Lunatic asylums Punjab 1895-1910 - 1895-1910
Year: 1895
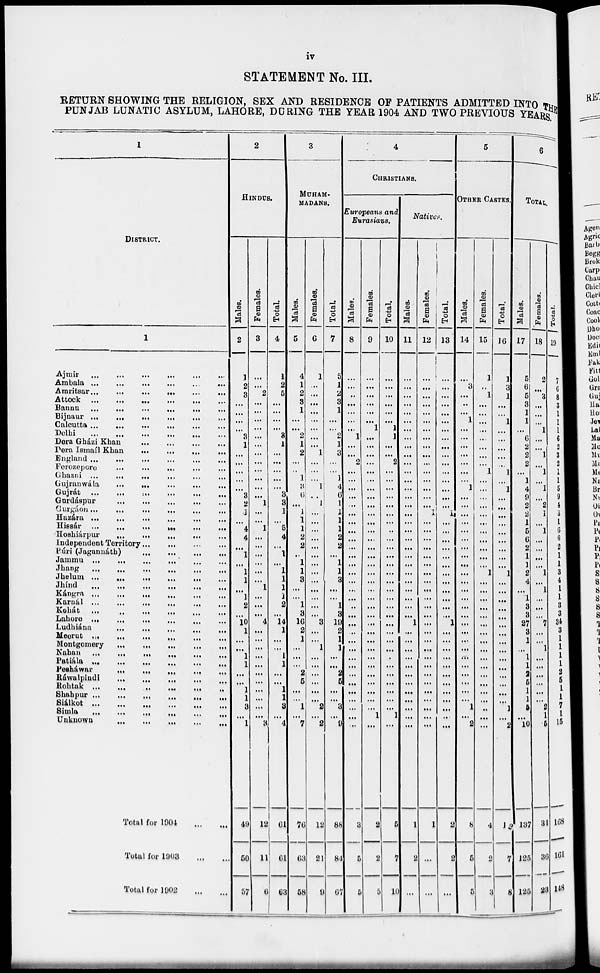
iv
STATEMENT No. III.
RETURN SHOWING THE RELIGION, SEX AND RESIDENCE OF PATIENTS ADMITTED INTO THE
PUNJAB LUNATIC ASYLUM, LAHORE, DURING THE YEAR 1904 AND TWO PREVIOUS YEARS.
1
DISTRICT.
1
Ajmir
...
...
...
...
...
...
Ambala
...
...
...
...
...
...
Amritsar...
...
...
...
....
...
Attock
...
...
...
...
...
...
Bannu
...
...
...
...
...
...
Bijnaur ...
...
...
...
...
...
Calcutta...
...
...
...
...
...
Delhi
...
...
...
...
...
...
Dera Gházi Khan
... ... ... ... ...
Dera Ismaíl Khan ... ... ... ... ... ...
England
...
...
...
...
...
...
Ferozepore
...
...
...
...
...
...
Ghazni ...
...
...
,.,
...
...
Gujranwála
...
...
...
...
...
...
Gujrát
...
...
...
...
...
...
Gurdáspur
...
...
...
...
...
Gurgáon
...
...
...
...
...
...
Hazára
...
...
...
...
...
...
Hissár
...
...
...
...
...
...
Hoshiárpur
...
...
...
...
...
...
Independent Territory ... ... ... ... ... ...
Púri (Jagannáth) ... ... ... ... ... ...
Jammu
...
...
...
...
...
...
Jhang
...
...
...
...
...
...
Jhelum ...
...
...
...
...
...
Jhínd
...
...
...
...
...
...
Kángra
...
...
...
...
...
...
Karnál
...
...
...
...
...
...
Kohát
...
...
...
...
...
...
Lahore
...
...
...
...
...
...
Ludhiána
...
...
...
...
...
...
Meerut ...
...
...
...
...
...
Montgomery
...
...
...
...
...
...
Nahan
...
...
...
...
...
...
Patiala
...
...
...
...
...
...
Pesháwar
...
...
...
...
...
...
Ráwalpindi
...
...
...
...
...
...
Rohtak .. ... ... ... ... ... ...
Shahpur
...
...
...
...
...
...
Siálkot
...
...
...
...
...
...
Simla
...
...
...
...
...
...
Unknown
...
...
...
...
...
...
Total for 1904
...
...
Total for 1903 ... ...
Total for 1902
...
...
2
HINDUS.
Males.
2
1
2
3
...
...
...
...
3
1
...
...
...
...
...
3
2
1
...
4
4
...
1
...
1
1
...
1
2
...
10
1
...
...
1
1
...
...
1
1
8
...
1
49
50
57
Females.
3
...
...
2
...
...
...
...
...
...
...
...
...
...
...
...
1
...
...
1
...
...
...
...
...
...
1
...
...
...
4
...
...
...
...
...
...
...
...
...
...
3
12
11
6
Total.
4
1
2
5
...
...
...
...
3
1
...
...
...
...
...
3
3
1
...
5
4
...
1
...
1
1
1
1
2
...
14
1
...
...
1
1
...
...
1
1
3
...
4
61
61
63
3
MUHAM-
MADANS.
Males.
5
4
1
2
3
1
...
...
2
1
2
...
..
1
3
6
...
1
1
1
2
2
...
1
1
3
...
...
1
3
16
2
1
...
...
...
2
5
...
...
1
...
7
76
63
58
Females.
6
1
...
...
...
...
...
...
...
...
1
...
...
...
1
...
1
...
...
...
...
...
...
...
...
...
...
...
...
...
3
...
...
1
...
...
...
...
...
...
2
...
2
12
21
9
Total.
7
5
1
2
3
1
...
...
2
1
3
...
...
1
4
6
1
1
1
1
2
2
...
1
1
3
...
...
1
3
19
2
1
1
...
...
2
5
...
...
3
...
9
88
84
67
4
CHRISTIANS.
Europeans and
Eurasians.
Males.
8
...
...
..
...
...
...
...
1
...
...
2
...
...
...
...
...
...
...
...
...
...
...
...
...
...
...
...
...
...
...
......
...
...
...
...
...
...
...
...
...
...
...
3
5
5
Females.
9
...
...
...
...
...
...
1
...
...
...
...
...
...
...
...
...
...
...
...
...
...
...
....
...
...
...
...
...
...
...
...
...
...
...
...
...
...
...
...
1
...
2
2
5
Total.
10
...
...
...
...
...
...
1
1
...
...
2
...
...
...
...
...
...
...
..
...
...
...
...
...
...
...
...
...
...
...
...
...
...
...
...
...
...
...
...
1
...
5
7
10
Natives.
Males.
11
...
...
...
...
...
...
...
...
...
...
...
...
...
...
...
...
...
...
...
...
...
...
...
...
...
...
...
...
...
1
...
...
...
...
...
...
...
...
...
...
...
1
2
...
Females.
12
...
...
...
...
...
...
...
...
...
...
...
...
...
...
...
1
...
...
...
...
...
...
...
...
...
...
...
...
...
...
...
...
...
...
...
...
...
...
...
...
...
1
...
...
Total.
13
...
...
...
...
...
...
...
...
...
...
...
...
...
...
...
1
...
...
...
...
...
...
...
...
...
...
...
...
1
...
...
...
...
...
...
...
...
...
...
...
...
2
2
...
5
OTHER CASTES.
Males.
14
...
3
...
..
...
1
...
...
...
...
...
...
...
1
...
...
...
...
...
...
...
...
...
...
...
...
...
...
...
...
...
...
...
...
...
...
...
...
...
1
...
2
8
5
5
Females.
15
1
..
1
...
...
...
...
...
...
1
...
...
...
...
...
...
...
...
...
...
...
1
...
...
...
...
...
...
...
...
...
...
...
...
...
...
...
...
...
...
4
2
3
Total.
16
1
3
1
...
...
1
...
...
...
...
...
1
...
1
...
...
...
...
...
...
...
...
...
1
...
...
...
...
...
...
...
...
...
...
...
...
...
...
...
1
...
2
12
7
8
6
TOTAL
Males.
17
5
6
5
3
1
1
...
6
2
2
2
...
1
4
9
2
2
1
5
6
2
1
1
2
4
...
1
3
3
27
3
1
...
1
1
2
5
1
1
5
...
10
137
125
125
Females.
18
2
...
3
...
....
...
1
...
...
1
...
1
...
1
...
2
1
...
1
...
...
...
...
1
...
1
...
...
...
7
...
...
1
...
...
...
...
...
...
2
1
5
31
36
28
Total.
19
7
6
ft
3
1
1
1
6
2
3
2
1
1
5
9
4
3
1
6
6
2
1
1
3
4
1
1
3
3
34
3
1
1
1
1
1
1
2 5
1
1
1
7
1
1
1
15
168
161
148